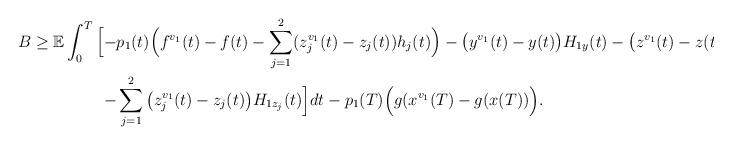
LaTeX: \begin{align*}\begin{aligned}B\geq\mathbb{E}\int_0^T\Big[-&p_1(t)\Big(f^{v_1}(t)-f(t)-\sum_{j=1}^2(z_j^{v_1}(t)-z_j(t))h_j(t)\Big)-\big(y^{v_1}(t)-y(t)\big)H_{1y}(t)-\big(z^{v_1}(t)-z(t)\big)H_{1z}(t)\\-&\sum_{j=1}^2\big(z_j^{v_1}(t)-z_j(t)\big)H_{1z_j}(t)\Big]dt-p_1(T)\Big(g(x^{v_1}(T)-g(x(T))\Big).\end{aligned}\end{align*}